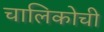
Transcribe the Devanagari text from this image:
चालिकोची